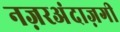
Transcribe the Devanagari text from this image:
नज़रअंदाज़गी